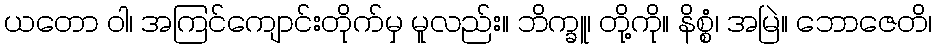
ယတော ဝါ၊ အကြင်ကျောင်းတိုက်မှ မူလည်း။ ဘိက္ခူ၊ တို့ကို။ နိစ္စံ၊ အမြဲ။ ဘောဇေတိ၊